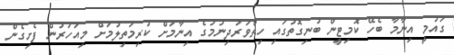
ގައުމީ އިނާމާ ބެހޭ ކޮމިޓީން ބުނިގޮތުގައި ހިތްވަރުދިނުމުގެ އިނާމަށް ކުރިމަތިލުމަށް މިއަހަރުން ފެށިގެން